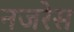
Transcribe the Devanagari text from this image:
नजरेेस